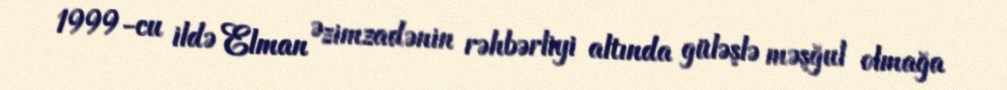
1999-cu ildə Elman Əzimzadənin rəhbərliyi altında güləşlə məşğul olmağa